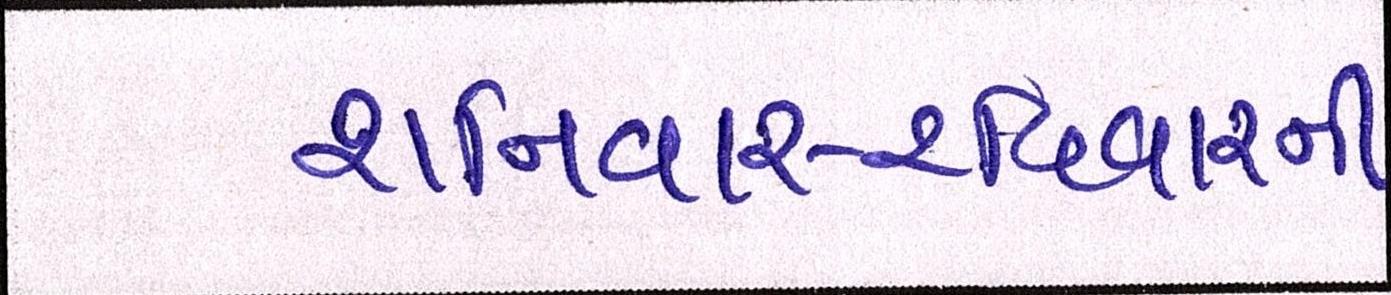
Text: શનિવાર-રવિવારની